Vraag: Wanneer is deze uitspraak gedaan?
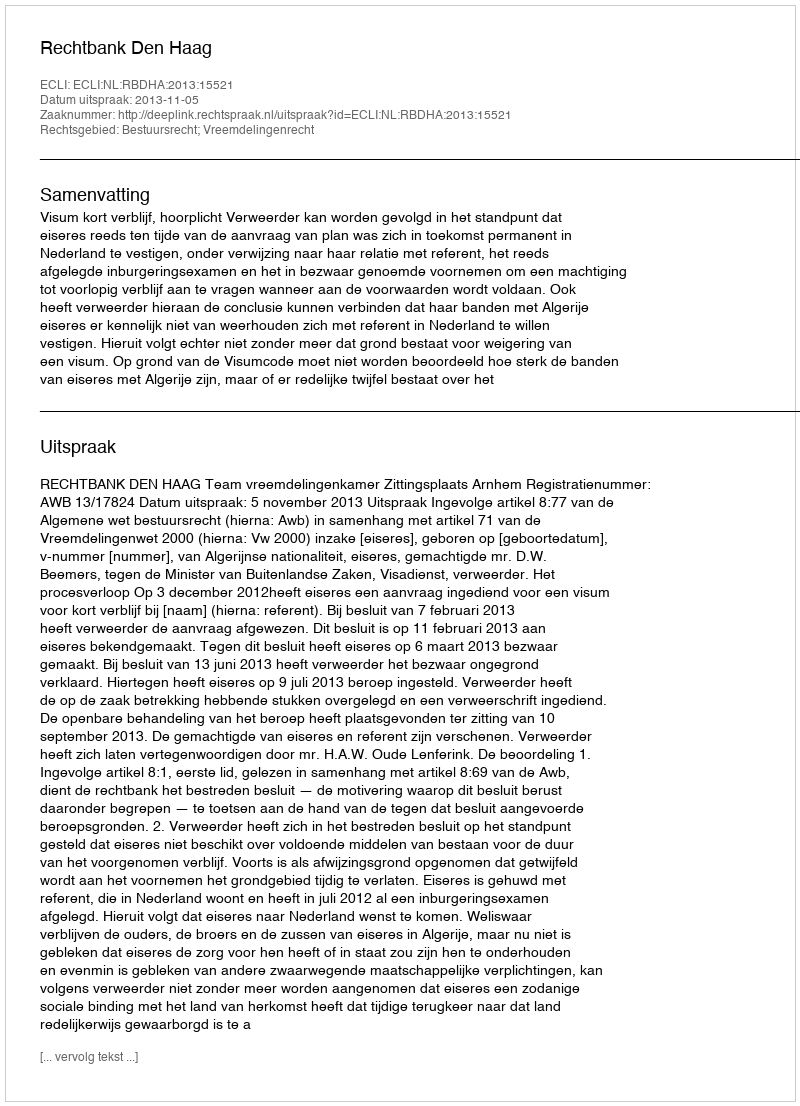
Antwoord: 2013-11-05